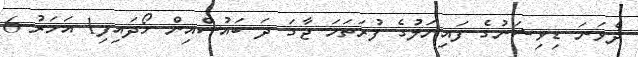
ދެވަނަ ޑިވިޝަނުގެ ފައިނަލުގެ ފުރަތަމަ ޖާގަ ދަ ބައުސްއިން ހޯދައިފި1 އަހަރު 6